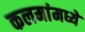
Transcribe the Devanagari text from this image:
कलमांमध्ये